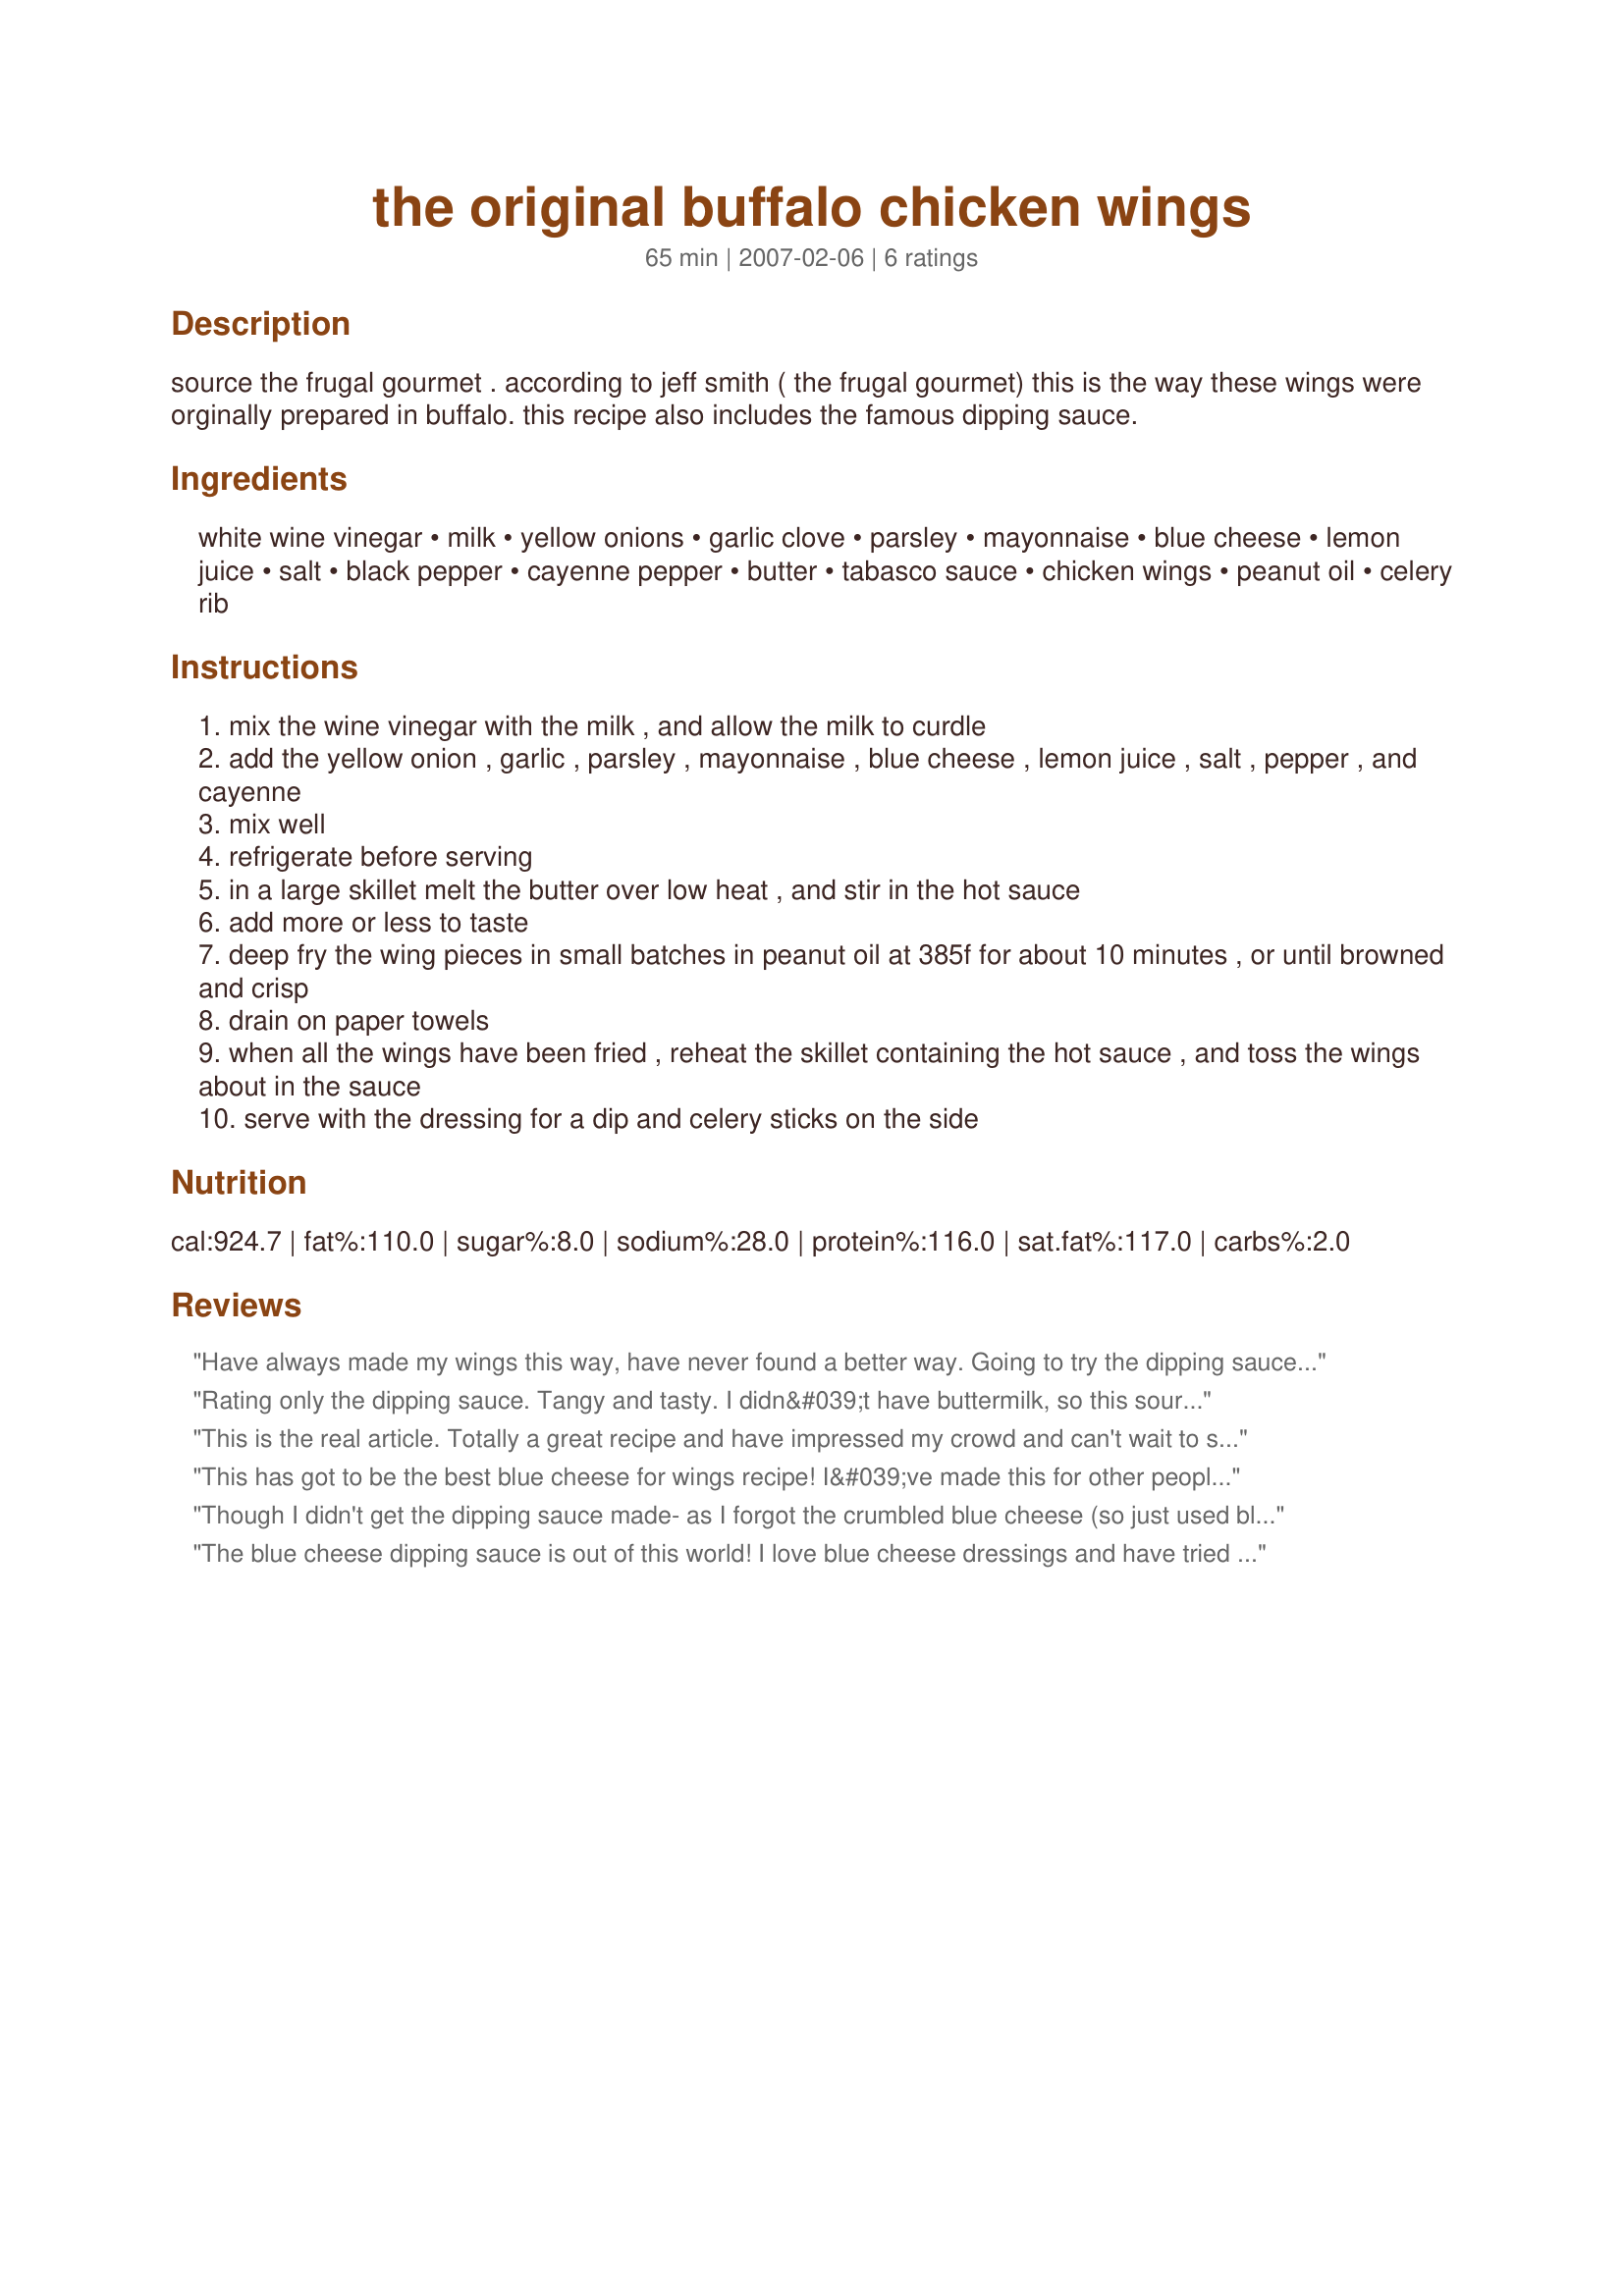
the original buffalo chicken wings
Preparation time: 65 minutes

source	the frugal gourmet .
according to jeff smith ( the frugal gourmet) this is the way these wings were orginally prepared in buffalo.
this recipe also includes the famous dipping sauce.

Ingredients:
white wine vinegar, milk, yellow onions, garlic clove, parsley, mayonnaise, blue cheese, lemon juice, salt, black pepper, cayenne pepper, butter, tabasco sauce, chicken wings, peanut oil, celery rib

Steps:
mix the wine vinegar with the milk , and allow the milk to curdle
add the yellow onion , garlic , parsley , mayonnaise , blue cheese , lemon juice , salt , pepper , and cayenne
mix well
refrigerate before serving
in a large skillet melt the butter over low heat , and stir in the hot sauce
add more or less to taste
deep fry the wing pieces in small batches in peanut oil at 385f for about 10 minutes , or until browned and crisp
drain on paper towels
when all the wings have been fried , reheat the skillet containing the hot sauce , and toss the wings about in the sauce
serve with the dressing for a dip and celery sticks on the side

Reviews:
Have always made my wings this way, have never found a better way. Going to try the dipping sauce it sounds delish.
Used to always watch Jeff, have a couple of his books.
Probley where I learned to make these LOL.
Thanks Shadows
Rating only the dipping sauce. Tangy and tasty. I didn&#039;t have buttermilk, so this soured milk version served nicely. I used a Gorgonzola blue cheese and the blue flavor wasn&#039;t overpowering. I was worried that this was a bit runny after mixing it up, but it thickened up a bit upon sitting. My husband didn&#039;t care for it, so I&#039;ll keep looking for something we agree on, but I really enjoyed the mix of flavors in this one. Thanks for sharing.
This is the real article. Totally a great recipe and have impressed my crowd and can't wait to serve for a dinner party, apres party and then a fabulous dinner. Love putting out the goods. Yes, thank you so much. Lolly
This has got to be the best blue cheese for wings recipe! I&#039;ve made this for other people and they insist it&#039;s far better than any off the shelf blue cheese dressing. Great recipe!
Though I didn't get the dipping sauce made- as I forgot the crumbled blue cheese (so just used blue cheese dressing) the wings themselves came out wonderful! Really made our non traditional Christmas dinner. Thanks for posting one of Frugie's recipes. It's a keeper.
The blue cheese dipping sauce is out of this world! I love blue cheese dressings and have tried a bunch of them. This one is right near the top as far as I'm concerned. Definitely tastes better with mellowing. Thanks for suggesting this one, Chef Shadows.
